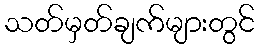
သတ်မှတ်ချက်များတွင်